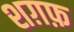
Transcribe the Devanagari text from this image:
शग़फ़